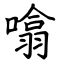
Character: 噏